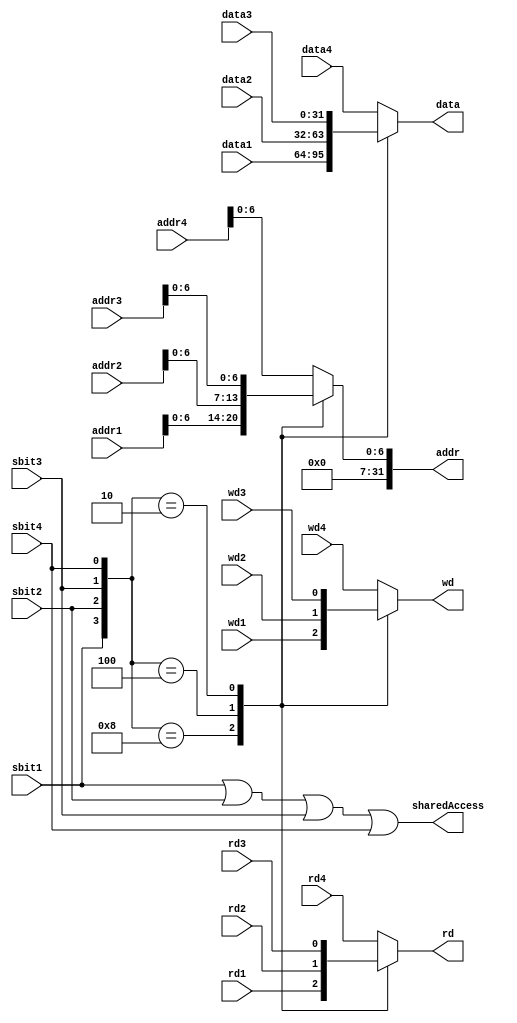
module sharedMemArbiter (addr1, data1, rd1, wd1, sbit1,
                         addr2, data2, rd2, wd2, sbit2,
                         addr3, data3, rd3, wd3, sbit3,
                         addr4, data4, rd4, wd4, sbit4,
                         addr, data, rd, wd, sharedAccess);

  input [31:0] addr1;
  input [31:0] data1;
  input rd1, wd1, sbit1;

  input [31:0] addr2;
  input [31:0] data2;
  input rd2, wd2, sbit2;

  input [31:0] addr3;
  input [31:0] data3;
  input rd3, wd3, sbit3;

  input [31:0] addr4;
  input [31:0] data4;
  input rd4, wd4, sbit4;
  
  output [31:0] addr;
  output [31:0] data;
  output rd, wd;
  output sharedAccess;

  reg [31:0] addr;
  reg [31:0] data;
  reg rd, wd;
  
  // Default connection is Core2-MEM
  always @(*)
  begin
    case ( {sbit1, sbit2, sbit3, sbit4} )
      4'b1000 : begin 
        addr[6:0] = addr1[6:0];
        data = data1;
        rd = rd1; wd = wd1;
      end
      4'b0100 : begin
        addr[6:0] = addr2[6:0];
        data = data2;
        rd = rd2; wd = wd2;
      end
      4'b0010 : begin
        addr[6:0] = addr3[6:0];
        data = data3;
        rd = rd3; wd = wd3;        
      end
      4'b0001 : begin
        addr[6:0] = addr4[6:0];
        data = data4;
        rd = rd4; wd = wd4;        
      end
      default : begin
        addr[6:0] = addr4[6:0];
        data = data4;
        rd = rd4; wd = wd4;        
      end                        
    endcase
    
    addr[31:7] = 25'd0;
  end

  assign sharedAccess = sbit1 | sbit2 | sbit3 | sbit4;
  
endmodule